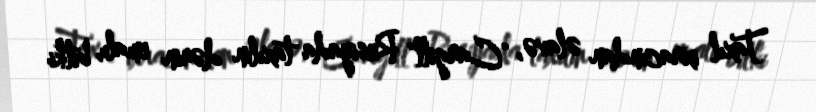
Taxıl ixracından əlavə, "Cargill" Rusiyada taxılın dərin emalı, bitki